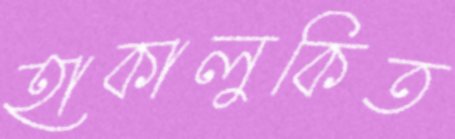
হাকালুকিত